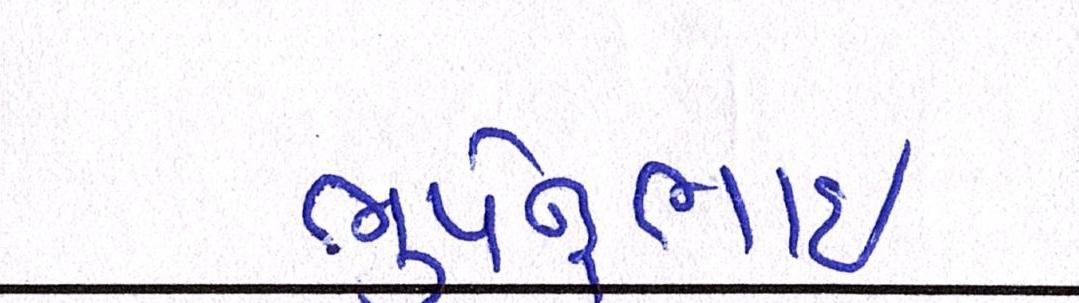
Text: ભૂપેન્દ્રભાઈ